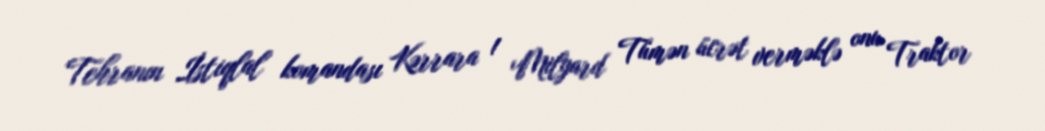
Tehranın İstiqlal komandası Kərrara 1 Milyard Tümən ücrət verməklə onu Traktor